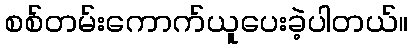
စစ်တမ်းကောက်ယူပေးခဲ့ပါတယ်။